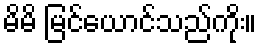
မိမိ မြင်ယောင်သည်ကိုး။